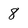
Character: 8